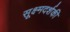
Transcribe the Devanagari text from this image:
सूक्ष्मदर्शकी